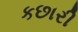
કછારી